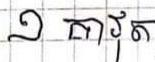
១ គាវុត